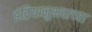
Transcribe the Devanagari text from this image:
इंद्रियानुभवाच्या